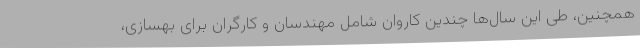
همچنین، طی این سال‌ها چندین کاروان شامل مهندسان و کارگران برای بهسازی،